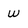
Character: W